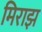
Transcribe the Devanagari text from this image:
मिराझ